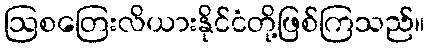
ဩစတြေးလိယားနိုင်ငံတို့ဖြစ်ကြသည်။